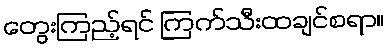
တွေးကြည့်ရင် ကြက်သီးထချင်စရာ။